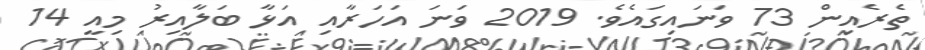
ތެރެއިން 73 ވަނައިގައެވެ. 2019 ވަނަ އަހަރާއި އަޅާ ބަލާއިރު މިއީ 14